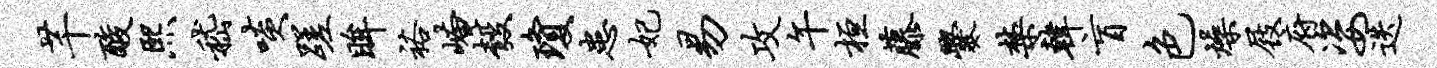
芊酸熙嵇啖蹉眸裕崦彀琼患妃易攻午桓藤爨禁韩盲色燥屐府姿迭